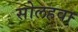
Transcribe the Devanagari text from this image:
सोलहवा